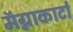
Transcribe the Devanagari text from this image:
मॅग्नाकार्टा